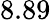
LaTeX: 8.89